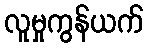
လူမှုကွန်ယက်